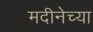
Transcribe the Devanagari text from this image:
मदीनेच्या